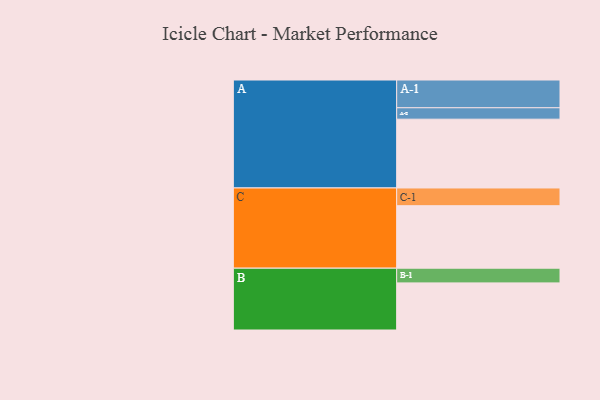
{"axis": {"x": "Segment", "y": "Value"}, "legend": ["", "A", "B", "C"], "data": [{"x": "A", "y": 590, "type": ""}, {"x": "B", "y": 404, "type": ""}, {"x": "C", "y": 536, "type": ""}, {"x": "A-1", "y": 238, "type": "A"}, {"x": "A-2", "y": 98, "type": "A"}, {"x": "B-1", "y": 126, "type": "B"}, {"x": "C-1", "y": 152, "type": "C"}]}